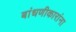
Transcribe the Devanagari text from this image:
बांधणीकारांना